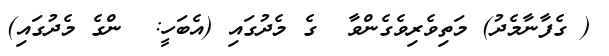
( ގެފާނާމެދު) މަތިވެރިވެގެންވާ  ގެ މެދުގައި (އެބަހީ:  ންގެ މެދުގައި)